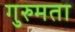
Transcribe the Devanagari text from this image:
गुरुमता